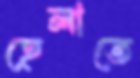
হেলাতে